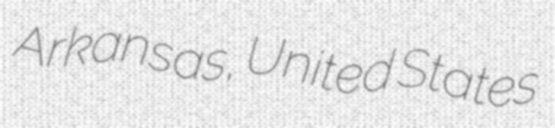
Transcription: Arkansas, United States